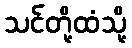
သင်တို့ထံသို့